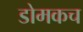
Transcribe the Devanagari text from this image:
डोमकच